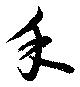
余